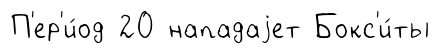
П'ер'и́од 20 нападаjет Бокс'и́ты